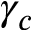
\gamma _ { c }